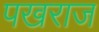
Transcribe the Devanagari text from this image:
पखराज